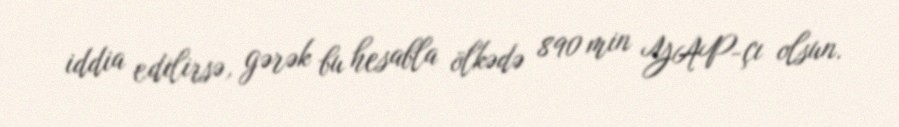
iddia edilirsə, gərək bu hesabla ölkədə 890 min YAP-çı olsun.